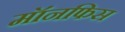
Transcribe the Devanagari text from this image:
मॉनफिस